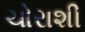
ચોરાશી